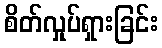
စိတ်လှုပ်ရှားခြင်း